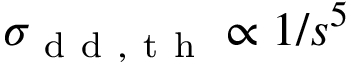
\sigma _ { \mathrm { ~ d ~ d ~ , ~ t ~ h ~ } } \propto 1 / s ^ { 5 }